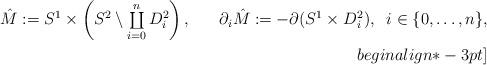
LaTeX: \begin{align*}\hat{M} := S^1 \times \left(S^2 \setminus {\textstyle{\coprod\limits_{i=0}^n D^2_i}}\right),\;\;\;\;\;\;\partial_i \hat{M} := -\partial (S^1 \times D^2_i),\;\;i \in \{0, \ldots, n\},\\begin{align*}-3pt]\end{align*}